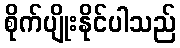
စိုက်ပျိုးနိုင်ပါသည်